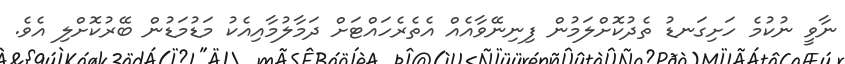
ނާވީ ނުކުމެ ހަށިގަނޑު ތެދުކޮށްލަމުން ފިނިނޭވާއެއް އެތެރެހައްޓަށް ދަމާލުމާއިއެކު މަޑުމަޑުން ބޭރުކޮށްލި އެވެ.